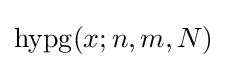
\operatorname {hypg} (x;n,m,N)